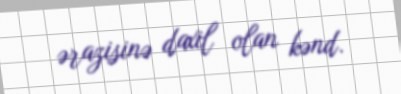
ərazisinə daxil olan kənd.